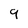
Character: 9